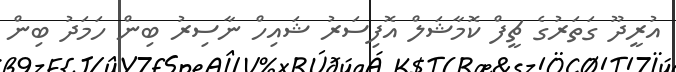
އުރީދޫ ގަތަރުގެ ޗީފް ކޮމާޝަލް އޮފިސަރު ޝައިހް ނާސިރު ބިން ހަމަދު ބިން